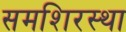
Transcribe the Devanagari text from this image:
समशिरस्था